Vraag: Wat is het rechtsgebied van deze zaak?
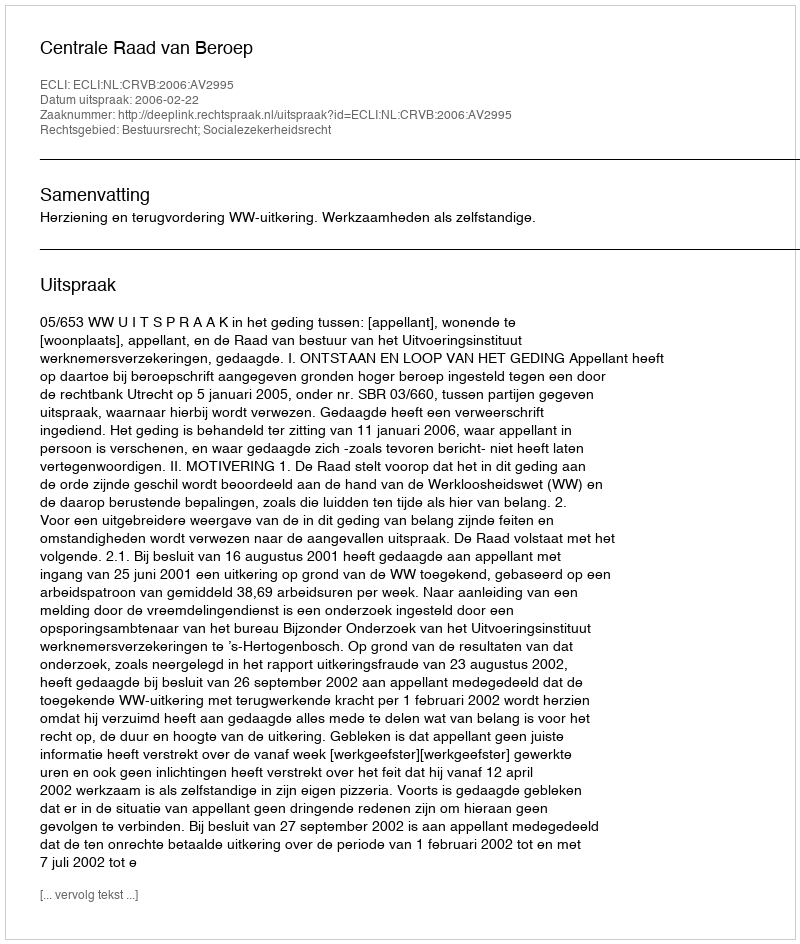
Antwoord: Bestuursrecht; Socialezekerheidsrecht